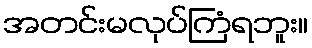
အတင်းမလုပ်ကြံရဘူး။